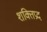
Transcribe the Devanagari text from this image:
शक्तिप्रद